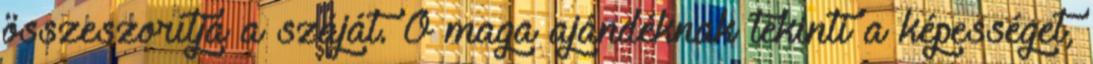
összeszorítja a száját. Ő maga ajándéknak tekinti a képességet,